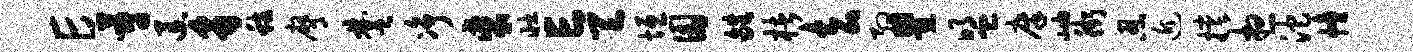
E蔚退豸稼膺楚净裘壮亡天垣圜皓楮去约瞿盟廪岫街忍近撑想沱幢